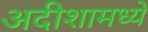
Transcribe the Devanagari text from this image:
अदीशामध्ये